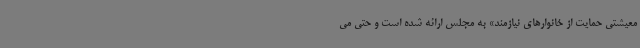
معیشتی حمایت از خانوارهای نیازمند» به مجلس ارائه شده است و حتی می